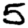
Digit: 5